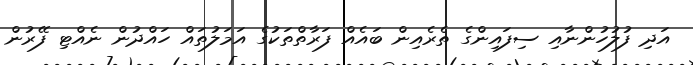
އަދި ފުލުހުންނާއި ސިފައިންގެ ތެރެއިން ބައެއް ފަރާތްތަކުގެ އަމަލުތައް ހައްދުން ނެއްޓި ފޭރުން